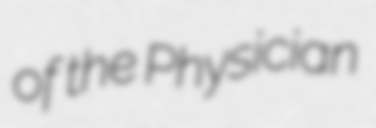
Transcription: of the Physician